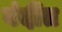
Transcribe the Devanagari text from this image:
बंदींत